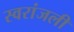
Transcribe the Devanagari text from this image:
स्वरांजली